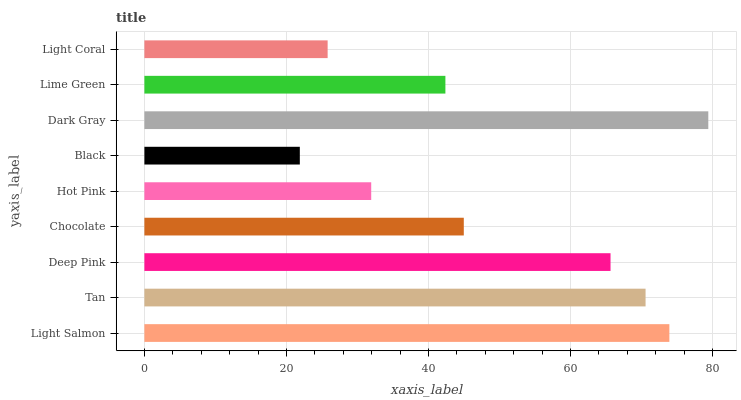
| yaxis_label | bars |
 | --- | --- |
 | Light Salmon | 73.9 |
 | Tan | 70.6 |
 | Deep Pink | 65.6 |
 | Chocolate | 45 |
 | Hot Pink | 31.9 |
 | Black | 21.9 |
 | Dark Gray | 79.4 |
 | Lime Green | 42.4 |
 | Light Coral | 25.8 |